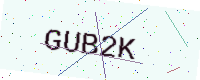
Text: GUB2K